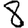
Digit: 8